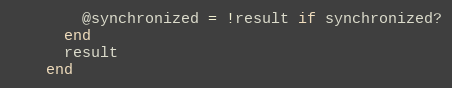
Language: Ruby
        @synchronized = !result if synchronized?
      end
      result
    end